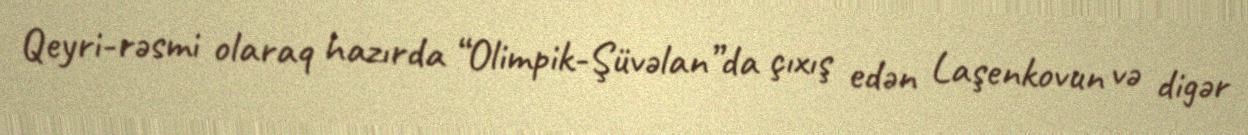
Qeyri-rəsmi olaraq hazırda “Olimpik-Şüvəlan”da çıxış edən Laşenkovun və digər